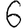
Digit: 6